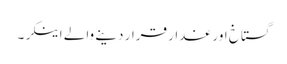
گستاخ اور غدار قرار دینے والے اینکر۔